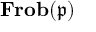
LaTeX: \mathbf { F r o b } ( { \mathfrak { p } } )